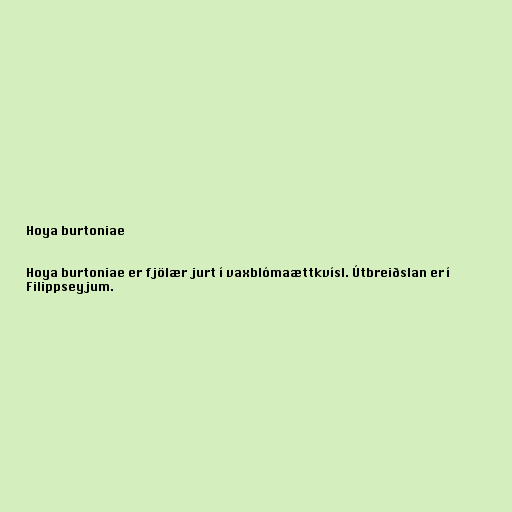
Hoya burtoniae

Hoya burtoniae er fjölær jurt í vaxblómaættkvísl. Útbreiðslan er í
Filippseyjum.